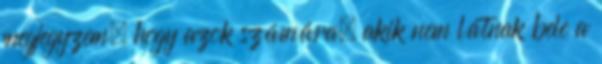
megjegyzem, hogy azok számára, akik nem látnak bele a